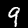
Digit: 9